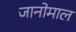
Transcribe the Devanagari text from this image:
जानोमाल